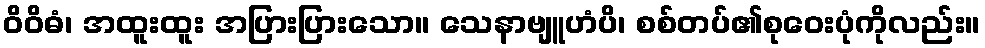
ဝိဝိဓံ၊ အထူးထူး အပြားပြားသော။ သေနာဗျူဟံပိ၊ စစ်တပ်၏စုဝေးပုံကိုလည်း။